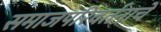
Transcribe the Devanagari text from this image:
समाजपरिवर्तनाचे